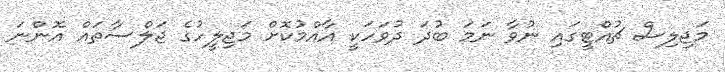
މަޖިލިސް ޗުއްޓީގައި ނުވާ ނަމަ ބުދަ ދުވަހަކީ އާއްމުކޮށް މަޖިލީހުގެ ޖަލްސާތައް އޮންނަ